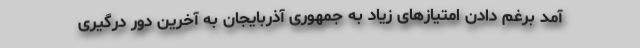
آمد برغم دادن امتیازهای زیاد به جمهوری آذربایجان به آخرین دور درگیری